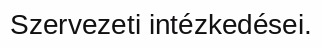
Szervezeti intézkedései.